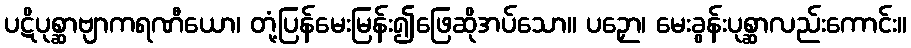
ပဋိပုစ္ဆာဗျာကရဏီယော၊ တုံ့ပြန်မေးမြန်း၍ဖြေဆိုအပ်သော။ ပဉှော၊ မေးခွန်းပုစ္ဆာလည်းကောင်း။